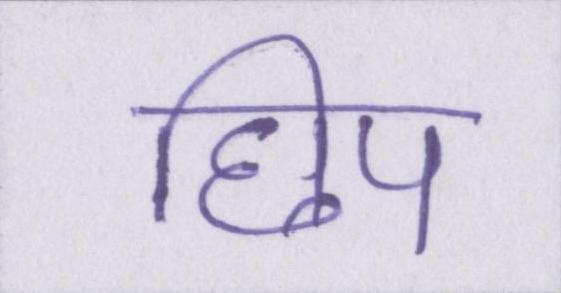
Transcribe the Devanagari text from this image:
छिप